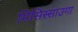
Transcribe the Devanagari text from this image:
मिसिस्साउगा